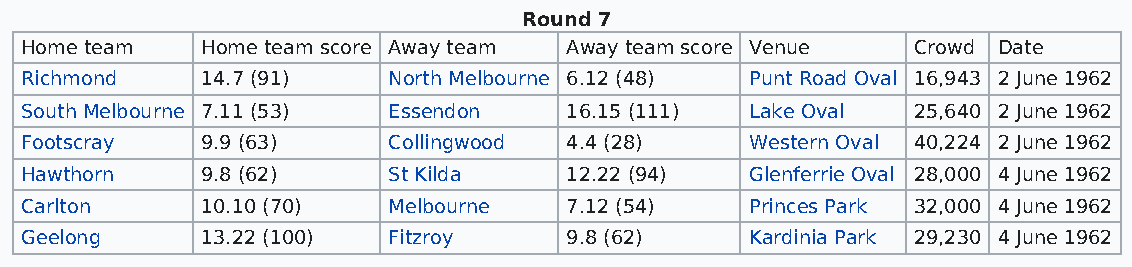
Round 7
 Home team   Home team score Away team Away team score Venue Crowd Date
 Richmond    14.7 (91)    North Melbourne 6.12 (48) Punt Road Oval 16,943 2 June 1962
 South Melbourne 7.11 (53) Essendon  16.15 (111)  Lake Oval 25,640 2 June 1962
 Footscray   9.9 (63)     Collingwood 4.4 (28)    Western Oval 40,224 2 June 1962
 Hawthorn    9.8 (62)     St Kilda   12.22 (94)   Glenferrie Oval 28,000 4 June 1962
 Carlton     10.10 (70)   Melbourne  7.12 (54)    Princes Park 32,000 4 June 1962
 Geelong     13.22 (100)  Fitzroy    9.8 (62)     Kardinia Park 29,230 4 June 1962